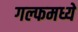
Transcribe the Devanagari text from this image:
गल्फमध्ये